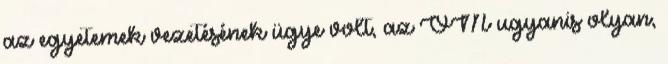
az egyetemek vezetésének ügye volt, az OM ugyanis olyan,